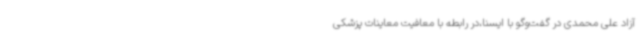
آزاد علی محمدی در گفت‌وگو با ایسنا،در رابطه با معافیت معاینات پزشکی